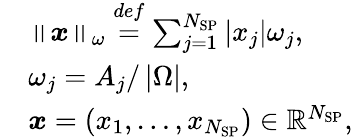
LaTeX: \begin{array}{rl}&{\left\lVert\boldsymbol{x}\right\rVert_{\omega}\overset{def}{=}\sum_{j=1}^{N_{\mathrm{SP}}}\left\lvert x_{j}\right\rvert\omega_{j},}\\ &{\omega_{j}=A_{j}/\left\lvert\Omega\right\rvert,}\\ &{\boldsymbol{x}=(x_{1},\ldots,x_{N_{\mathrm{SP}}})\in\mathbb{R}^{N_{\mathrm{SP}}},}\end{array}